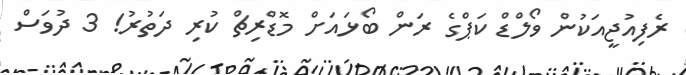
ރެފިއުޖީއަކުން ވޯލްޑް ކަޕްގެ ރަން ބޯޅައަށް މޮޑްރިޗް ކުރި ދަތުރު! 3 ދުވަސް